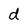
Character: d